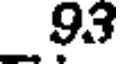
93